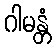
ဂါမန္တံ